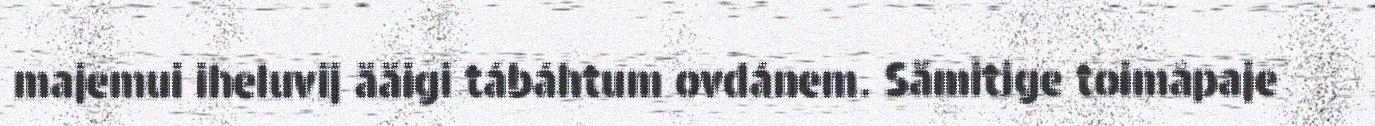
majemui iheluvij ääigi tábáhtum ovdánem. Sämitige toimâpaje